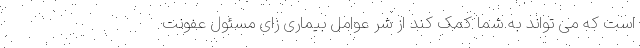
است که می تواند به شما کمک کند از شر عوامل بیماری زای مسئول عفونت